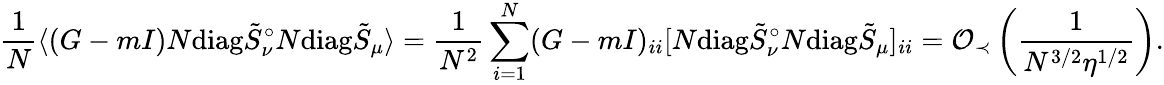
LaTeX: \frac{1}{N}\langle(G-mI)N\mathrm{diag}\tilde{S}_{\nu}^{\circ}N\mathrm{diag}\tilde{S}_{\mu}\rangle=\frac{1}{N^{2}}\sum_{i=1}^{N}(G-mI)_{ii}[N\mathrm{diag}\tilde{S}_{\nu}^{\circ}N\mathrm{diag}\tilde{S}_{\mu}]_{ii}=\mathcal O_{\prec}\left(\frac{1}{N^{3/2}\eta^{1/2}}\right).